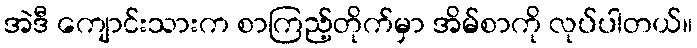
အဲဒီ ကျောင်းသားက စာကြည့်တိုက်မှာ အိမ်စာကို လုပ်ပါတယ်။